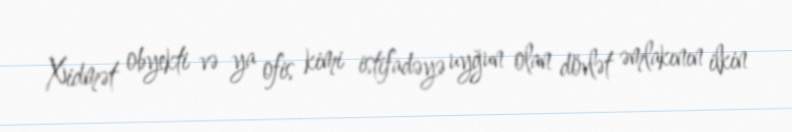
Xidmət obyekti və ya ofis kimi istifadəyə uyğun olan dövlət əmlakının ilkin